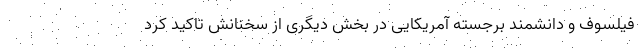
فیلسوف و دانشمند برجسته آمریکایی در بخش دیگری از سخنانش تاکید کرد